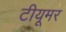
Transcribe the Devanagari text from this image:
टीयूमर